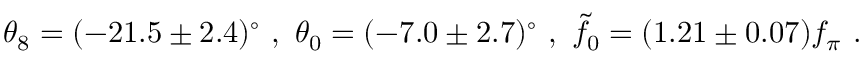
\theta _ { 8 } = ( - 2 1 . 5 \pm 2 . 4 ) ^ { \circ } \ , \ \theta _ { 0 } = ( - 7 . 0 \pm 2 . 7 ) ^ { \circ } \ , \ \tilde { f } _ { 0 } = ( 1 . 2 1 \pm 0 . 0 7 ) f _ { \pi } \ .